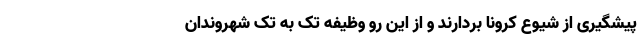
پیشگیری از شیوع کرونا بردارند و از این رو وظیفه تک به تک شهروندان